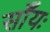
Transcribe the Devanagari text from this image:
साँयः